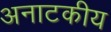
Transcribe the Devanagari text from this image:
अनाटकीय